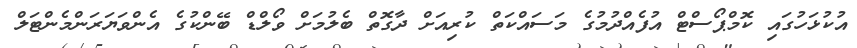
އުކުޅަހުގައި ކޮމްޕޯސްޓް އުފެއްދުމުގެ މަސައްކަތް ކުރިއަށް ދާގޮތް ބެލުމަށް ވޯލްޑް ބޭންކުގެ އެންވަޔަރަންމެންޓަލް